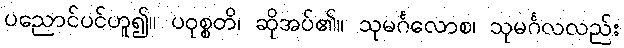
ပညောင်ပင်ဟူ၍။ ပဝုစ္စတိ၊ ဆိုအပ်၏။ သုမင်္ဂလောစ၊ သုမင်္ဂလလည်း